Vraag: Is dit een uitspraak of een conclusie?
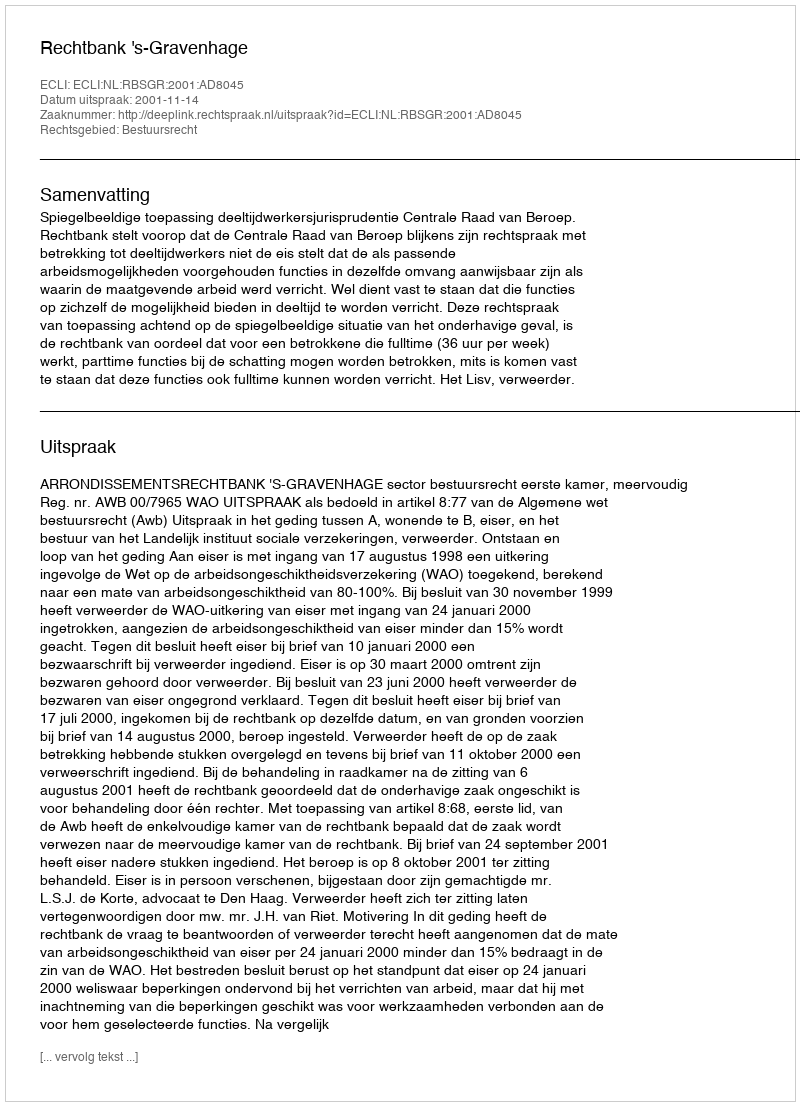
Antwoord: Uitspraak